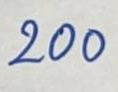
200